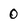
Character: 0